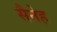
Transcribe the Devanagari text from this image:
सैनेह